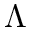
\Lambda